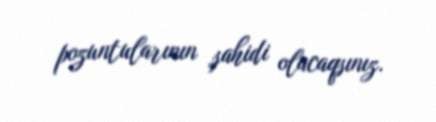
pozuntularının şahidi olacaqsınız.